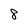
Character: 8